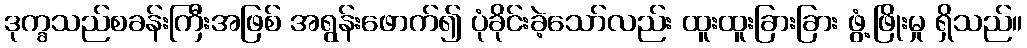
ဒုက္ခသည်စခန်းကြီးအဖြစ် အရွန်းဖောက်၍ ပုံခိုင်းခဲ့သော်လည်း ထူးထူးခြားခြား ဖွံ့ဖြိုးမှု ရှိသည်။